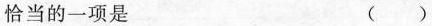
恰当的一项是 ( )